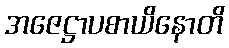
အဇေဋ္ဌာပစာယိနောတိ